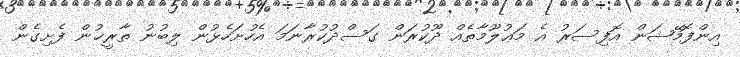
އިންފޮމޭޝަން އޮފިސަރު އެ މަޢުލޫމާތެއް ދޫކުރަން ގަސްދުކުރާނަމަ އެހުށަހެޅުން ލިބުނު ތާރީޚުން ފެށިގެން